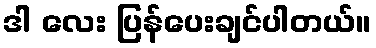
ဒါ လေး ပြန်ပေးချင်ပါတယ်။